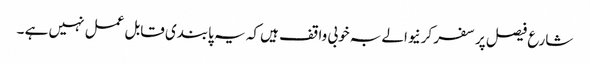
شارع فیصل پر سفر کرنیوالے بہ خوبی واقف ہیں کہ یہ پابندی قابل عمل نہیں ہے ۔